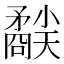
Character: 𥎜